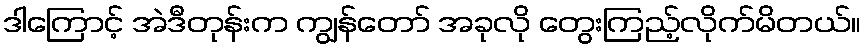
ဒါကြောင့် အဲဒီတုန်းက ကျွန်တော် အခုလို တွေးကြည့်လိုက်မိတယ်။